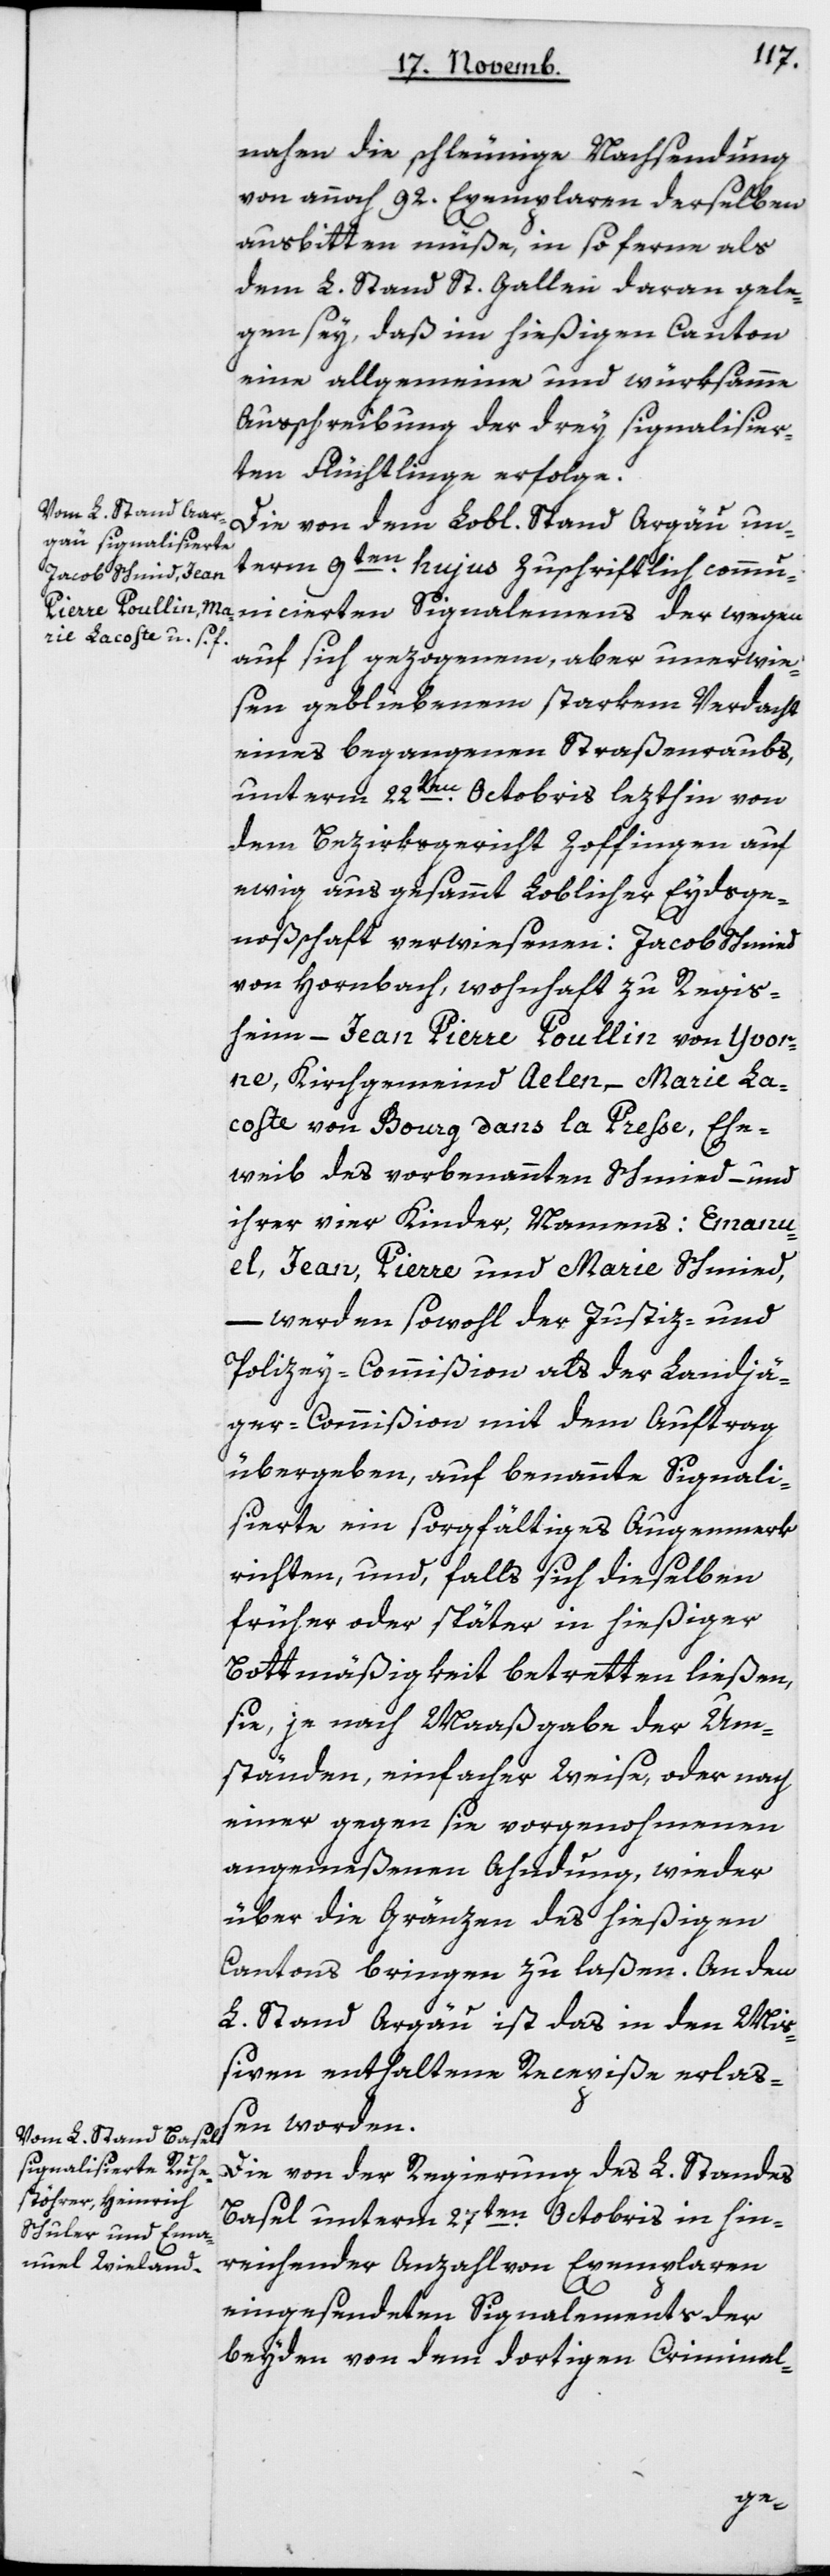
nahen die schleunige Nachsendung
von annoch 92 Exemplaren derselben
ausbitten müße, in so ferne als
dem L. Stand St. Gallen daran gele¬
gen sey, daß im hießigen Canton
eine allgemeine und würksamme
Ausschreibung der drey signalisier¬
ten Flüchtlinge erfolge.
Die von dem Lobl. Stand Argau un¬
term 9ten hujus zuschriftlich commu¬
nicierten Signalemens der wegen
auf sich gezogenem, aber unerwie¬
sen gebliebenen starkem Verdacht
eines begangenen Straßenraubs,
unterm 22ten Octobris lezthin von
dem Bezirksgericht Zoffingen auf
ewig aus gesammt Loblicher Eydsge¬
noßenschaft verwiesenen: Jacob Schmid
von Hornbach, wohnhaft zu Regis¬
heim; Jean Pierre Poullin von Yvor¬
ne, Kirchgemeind Aelen; Marie La¬
coste von Bourg dans la Preße, Ehe¬
weib des vorbenannten Schmid, und
ihrer vier Kinder, namens Emanu¬
el, Jean, Pierre und Marie Schmid,
– werden sowohl der Justiz- und
Polizey-Commißion als der Landjä¬
ger-Commißion mit dem Auftrag
übergeben, auf benannte Signali¬
sierte ein sorgfältiges Augenmerk
richten und, falls sich dieselben
früher oder später in hießiger
Bottmäßigkeit betretten ließen,
sie, je nach Maaßgabe der Um¬
ständen, einfacher Weise oder nach
einer gegen sie vorgenohmenen
angemeßenen Ahndung, wieder
über die Gränzen des hießigen
Cantons bringen zu laßen. An den
L. Stand Argau ist das in den Miß¬
iven enthaltene Recepiße erlaß¬
en worden.
Die von der Regierung des L. Standes
Basel unterm 27ten Octobris in hin¬
reichender Anzahl von Exemplaren
eingesendeten Signalements der
beyden von dem dortigen Criminal-